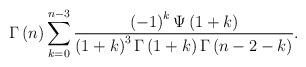
LaTeX: \begin{align*}\Gamma \left( n \right) \sum _{k=0}^{n-3}{\frac { \left( -1 \right) ^{k}\Psi \left( 1+k \right) }{ \left( 1+k \right) ^{3}\Gamma \left( 1+k \right) \Gamma \left( n-2-k \right) }}.\end{align*}